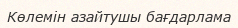
Көлемін азайтушы бағдарлама